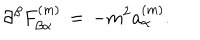
LaTeX: \partial ^ { \beta } F _ { \beta \alpha } ^ { ( m ) } \, = \, - m ^ { 2 } a _ { \alpha } ^ { ( m ) } .